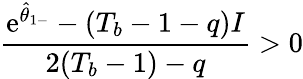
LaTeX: \frac{\mathrm{e}^{\hat{\theta}_{1-}}-(T_{b}-1-q)I}{2(T_{b}-1)-q}>0